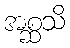
အစ္ဆသိ